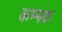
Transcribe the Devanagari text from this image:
कम्पक